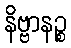
နိဗ္ဗာနဉ္စ